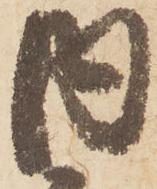
内